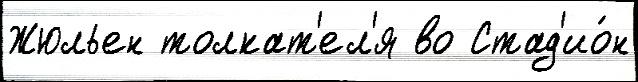
Жюльен толкат'ел'я во Стад'ио́н